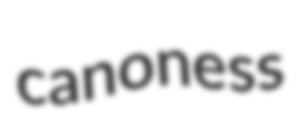
canoness